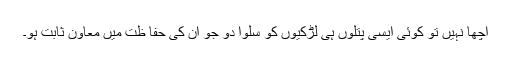
اچھا نہیں تو کوئی ایسی پتلوں ہی لڑکیوں کو سلوا دو جو ان کی حفا ظت میں معاون ثابت ہو۔